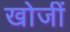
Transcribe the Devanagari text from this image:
खोजीं